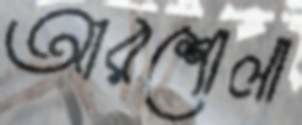
আরশোলা